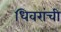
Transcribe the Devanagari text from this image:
धिवरांची